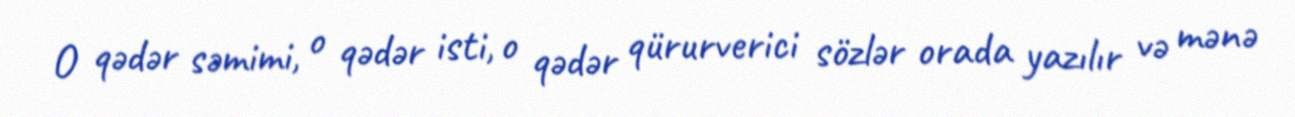
O qədər səmimi, o qədər isti, o qədər qürurverici sözlər orada yazılır və mənə